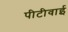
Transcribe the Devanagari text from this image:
पीटीवाई